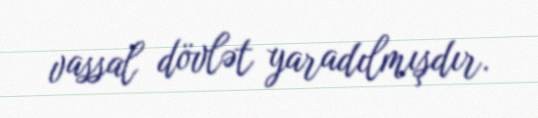
vassal dövlət yaradılmışdır.